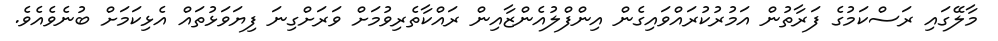
މާލޭގައި ރަސްކަމުގެ ފަރާތުން އަމުރުކުރައްވައިގެން އިންފްލުއެންޒާއިން ރައްކާތެރިވުމަށް ވަރަށްގިނަ ފިޔަވަޅުތައް އެޅިކަމަށް ބުނެވެއެވެ.